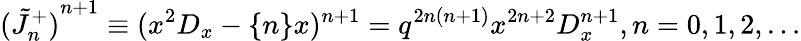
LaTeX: {(\tilde{J}_{n}^{+})}^{n+1}\equiv(x^{2}D_{x}-\{ n\} x)^{n+1}=q^{2n(n+1)}x^{2n+2}D_{x}^{n+1},n=0,1,2,\ldots